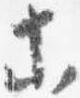
等